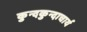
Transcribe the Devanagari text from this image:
कुन्दकुन्दाचार्य